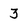
Character: 3